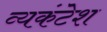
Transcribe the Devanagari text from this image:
व्यकंटेश